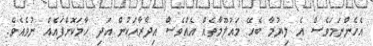
އެހެންނަމަވެސް އެ ލިޔުމާ ބެހޭ މައުލޫމާތެއް އެއްވެސް އިދާރާއަކުން އަދި ހާމަކޮށްފައެއް ނުވެއެވެ.